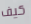
كيف